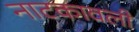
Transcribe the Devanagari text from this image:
नाटकावली